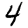
Digit: 4